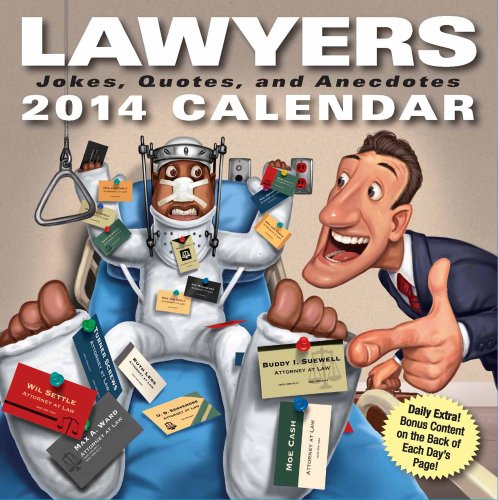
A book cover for Lawyers 2014 Day-to-Day Calendar: Jokes, Quotes, and Anecdotes; LLC Andrews McMeel Publishing; Calendars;